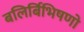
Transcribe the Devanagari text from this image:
बलिर्बिभिषणो